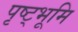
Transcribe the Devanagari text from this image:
पृष्ट्भूमि